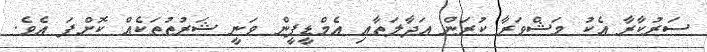
ސަރުކާރާ އެކު މަޝްވަރާ ކުރަން އަދާލަތާއި އެމްޑީޕީން ވަނީ ޝަރުތުތަކެއް ކޮށްފަ އެވެ.